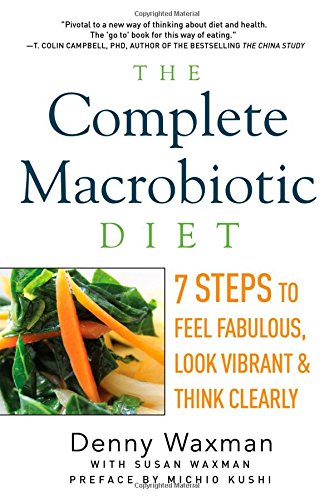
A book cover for The Complete Macrobiotic Diet: 7 Steps to Feel Fabulous, Look Vibrant, and Think Clearly; Denny Waxman; Health, Fitness & Dieting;